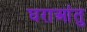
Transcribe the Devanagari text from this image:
घराआंतु